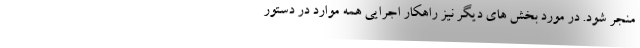
منجر شود. در مورد بخش های دیگر نیز راهکار اجرایی همه موارد در دستور